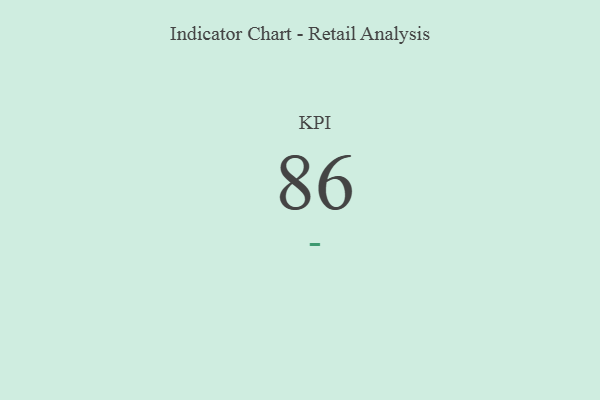
{"axis": {"x": "KPI", "y": "Value"}, "legend": [""], "data": [{"x": "KPI", "y": 86, "type": ""}]}